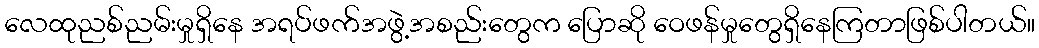
လေထုညစ်ညမ်းမှုရှိနေ အရပ်ဖက်အဖွဲ့အစည်းတွေက ပြောဆို ဝေဖန်မှုတွေရှိနေကြတာဖြစ်ပါတယ်။